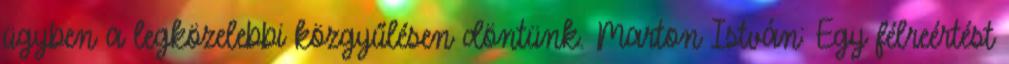
ügyben a legközelebbi közgyűlésen döntünk. Marton István: Egy félreértést